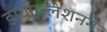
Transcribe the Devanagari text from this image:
डायोक्लेशनने